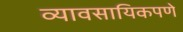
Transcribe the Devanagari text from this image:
व्यावसायिकपणे